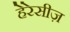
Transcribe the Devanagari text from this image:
हेरेसीज़